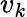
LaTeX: v_{k}